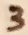
Text: 3